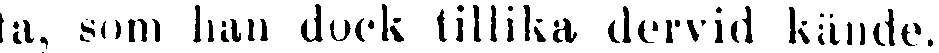
ta, som han dock tillika dervid kände.